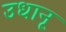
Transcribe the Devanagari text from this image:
उधानू